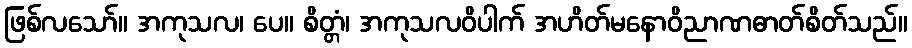
ဖြစ်လသော်။ အကုသလ၊ ပေ။ စိတ္တံ၊ အကုသလဝိပါက် အဟိတ်မနောဝိညာဏဓာတ်စိတ်သည်။